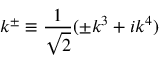
k ^ { \pm } \equiv \frac { 1 } { \sqrt { 2 } } ( \pm k ^ { 3 } + i k ^ { 4 } )